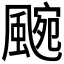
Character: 𮨯